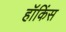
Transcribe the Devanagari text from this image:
हॉकिंस